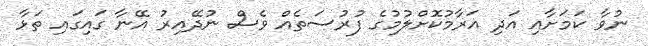
ނުވާ ކަމަށާއި އަދި އަރާމުކޮށްލުމުގެ ފުރުސަތެއް ވެސް ނުދޭއިރު އޭނާ ގައިގައި ތަޅާ